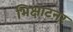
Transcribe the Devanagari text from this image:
भिक्षाटनर